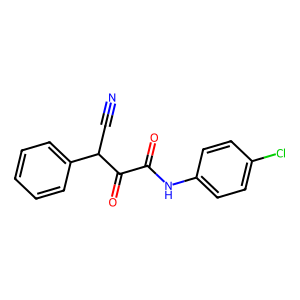
SMILES: N#CC(C(=O)C(=O)Nc1ccc(Cl)cc1)c1ccccc1
Inhibits HIV replication: No